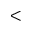
<